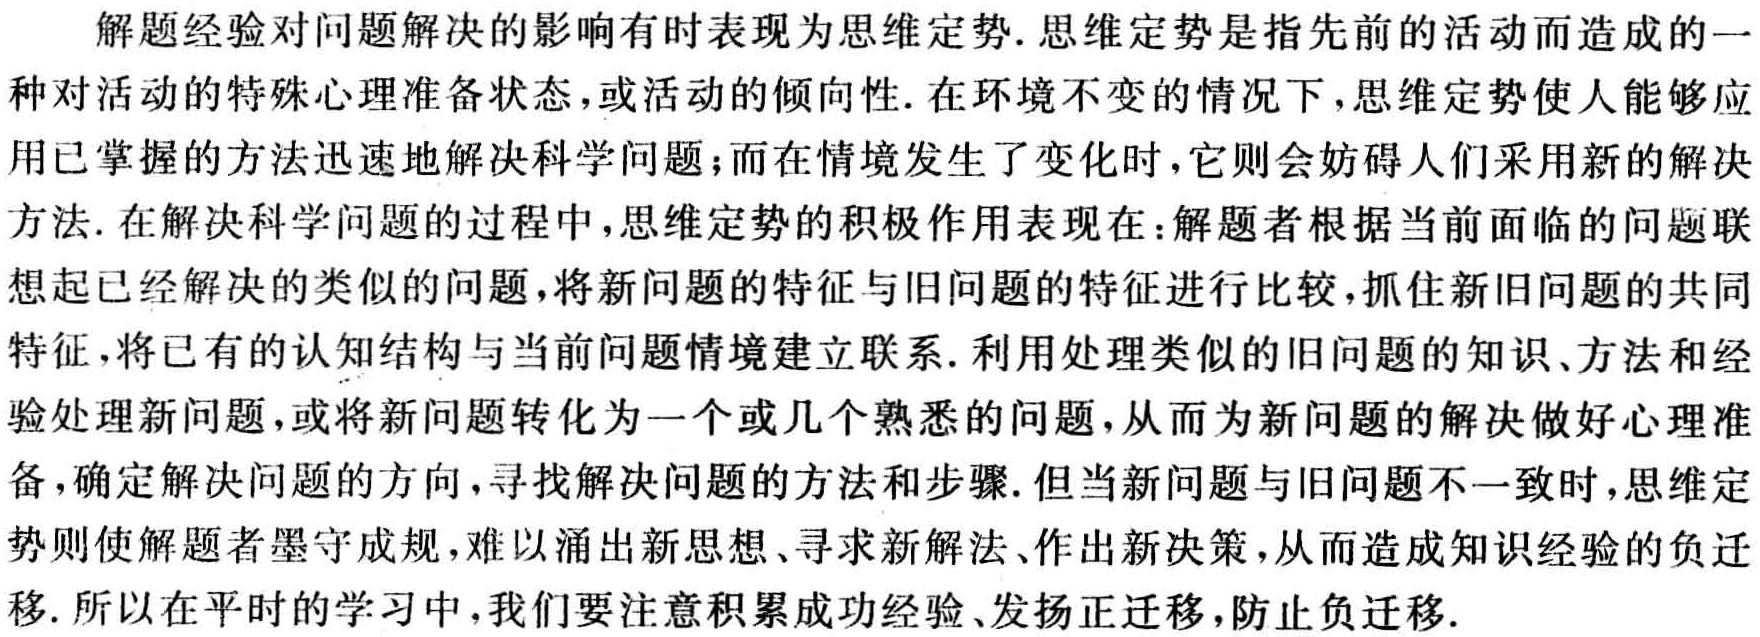
解题经验对问题解决的影响有时表现为思维定势. 思维定势是指先前的活动而造成的一种对活动的特殊心理准备状态, 或活动的倾向性. 在环境不变的情况下, 思维定势使人能够应用已掌握的方法迅速地解决科学问题；而在情境发生了变化时, 它则会妨碍人们采用新的解决方法. 在解决科学问题的过程中, 思维定势的积极作用表现在：解题者根据当前面临的问题联想起已经解决的类似的问题, 将新问题的特征与旧问题的特征进行比较, 抓住新旧问题的共同特征, 将已有的认知结构与当前问题情境建立联系. 利用处理类似的旧问题的知识、方法和经验处理新问题, 或将新问题转化为一个或几个熟悉的问题, 从而为新问题的解决做好心理准备, 确定解决问题的方向, 寻找解决问题的方法和步骤. 但当新问题与旧问题不一致时, 思维定势则使解题者墨守成规, 难以涌出新思想、寻求新解法、作出新决策, 从而造成知识经验的负迁移. 所以在平时的学习中, 我们要注意积累成功经验、发扬正迁移, 防止负迁移.